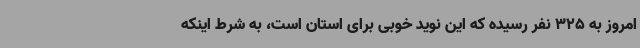
امروز به 325 نفر رسیده که این نوید خوبی برای استان است، به شرط اینکه